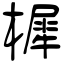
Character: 樨